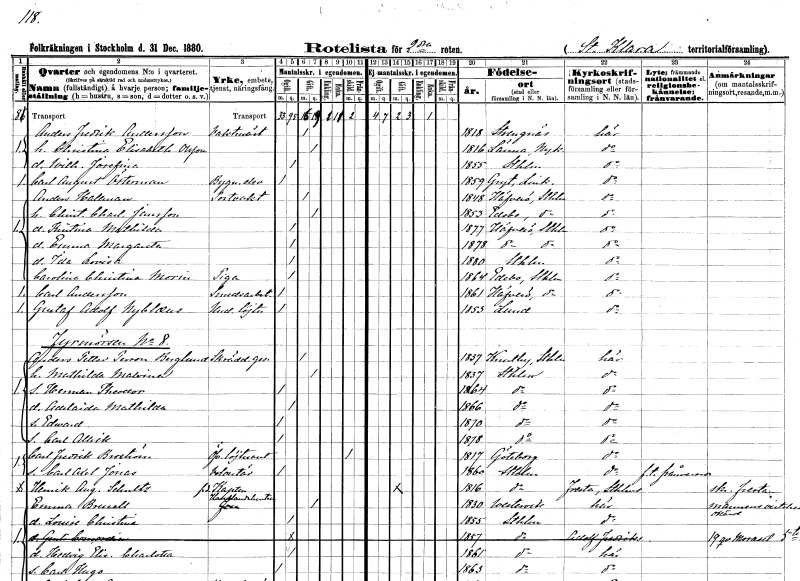
gt_parse: households: individuals: FN: Anders Fredrik
EN: Andersson
YRKE: Vaktmästare
KON: M
CIV: G
FODAR: 1818
FODFORS: Strängnäs Södermanlands län
FN: Christina Elisabeth
EN: Olsson
KON: K
CIV: G
FODAR: 1816
FODFORS: Länna Södermanlands län
FN: Wilhelmina Josefina
KON: K
CIV: O
FODAR: 1855
FODFORS: Stockholm
FN: Carl August
EN: Österman
YRKE: Byggnadselev
KON: M
CIV: O
FODAR: 1859
FODFORS: Gryt Östergötlands län
FN: Anders
EN: Hallman
YRKE: Portvakt
KON: M
CIV: G
FODAR: 1848
FODFORS: Häverö Stockholms län
FN: Christina Charlotta
EN: Jansson
KON: K
CIV: G
FODAR: 1853
FODFORS: Edebo Stockholms län
FN: Kristina Mathilda
KON: K
CIV: O
FODAR: 1877
FODFORS: Häverö Stockholms län
FN: Emma Margareta
KON: K
CIV: O
FODAR: 1878
FODFORS: Häverö Stockholms län
FN: Ida Lovisa
KON: K
CIV: O
FODAR: 1880
FODFORS: Stockholm
FN: Carolina Christina
EN: Morin
YRKE: Piga
KON: K
CIV: O
FODAR: 1864
FODFORS: Edebo Stockholms län
FN: Carl
EN: Andersson
YRKE: Smedsarbetare
KON: M
CIV: O
FODAR: 1861
FODFORS: Häverö Stockholms län
FN: Gustaf Adolf
EN: Nyblaeus
YRKE: Underlöjtnant
KON: M
CIV: O
FODAR: 1853
FODFORS: Lund Malmöhus län
FN: Anders Petter
EN: Person Berglund
YRKE: Skräddaregesäll
KON: M
CIV: G
FODAR: 1837
FODFORS: Knutby Uppsala län
FN: Mathilda Malvina
KON: K
CIV: G
FODAR: 1837
FODFORS: Stockholm
FN: Herman Theodor
KON: M
CIV: O
FODAR: 1864
FODFORS: Stockholm
FN: Adelaide Mathilda
KON: K
CIV: O
FODAR: 1866
FODFORS: Stockholm
FN: Edward
KON: M
CIV: O
FODAR: 1870
FODFORS: Stockholm
FN: Carl Allrik
KON: M
CIV: O
FODAR: 1878
FODFORS: Stockholm
FN: Carl Fredrik
EN: Broström
YRKE: Överstelöjtnant
KON: M
CIV: X
FODAR: 1817
FODFORS: Göteborg Göteborgs- och Bohuslän
FN: Carl Axel Jonas
YRKE: Volontär
KON: M
CIV: O
FODAR: 1860
FODFORS: Stockholm
FN: Henrik August
EN: Schultz
YRKE: Kapten f.d.
KON: M
CIV: G
FODAR: 1816
FODFORS: Stockholm